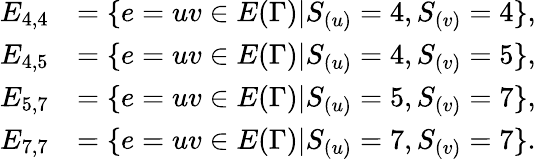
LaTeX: \begin{array}{rl}{E_{4,4}}&{=\{ e=uv\in E(\Gamma)|S_{(u)}=4,S_{(v)}=4\} ,}\\ {E_{4,5}}&{=\{ e=uv\in E(\Gamma)|S_{(u)}=4,S_{(v)}=5\} ,}\\ {E_{5,7}}&{=\{ e=uv\in E(\Gamma)|S_{(u)}=5,S_{(v)}=7\} ,}\\ {E_{7,7}}&{=\{ e=uv\in E(\Gamma)|S_{(u)}=7,S_{(v)}=7\} .}\end{array}